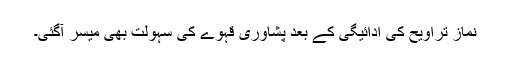
نماز تراویح کی ادائیگی کے بعد پشاوری قہوے کی سہولت بھی میسر آگئی۔